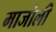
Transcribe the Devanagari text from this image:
माजोली